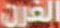
الفرن